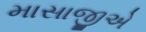
માસાજીએ